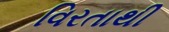
વિરતાથી